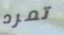
تمرد